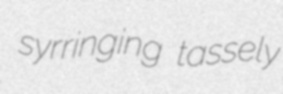
syrringing tassely